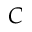
C